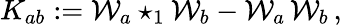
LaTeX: K_{ab}:={\cal W}_{a}\star_{1}{\cal W}_{b}-{\cal W}_{a}\, {\cal W}_{b}\, ,